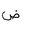
Letter: _dad